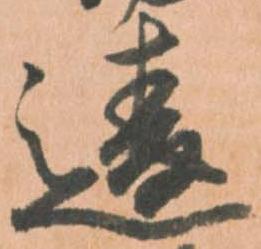
違